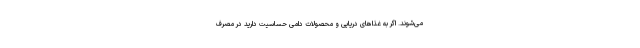
می‌شوند. اگر به غذاهای دریایی و محصولات دامی حساسیت دارید در مصرف